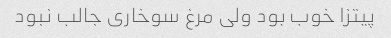
پیتزا خوب بود ولی مرغ سوخاری جالب نبود